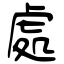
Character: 處